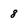
Character: 8